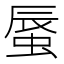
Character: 蜃